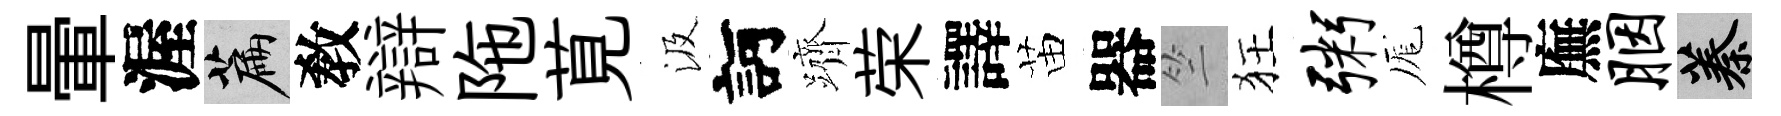
暈渥篇敎辯陁莧汲訶躋荣譯苗器竺狂粥厖樽廡胭蓁